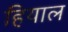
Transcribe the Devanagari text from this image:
हियाल